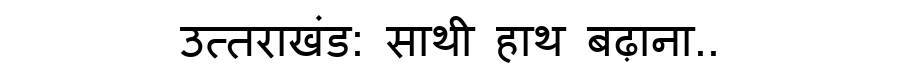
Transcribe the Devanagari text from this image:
उत्तराखंड: साथी हाथ बढ़ाना..